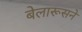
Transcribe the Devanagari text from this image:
बेलारूसने